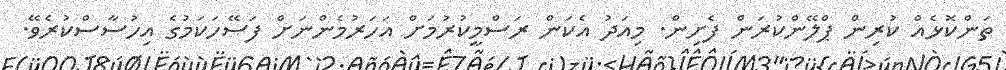
ތަންކޮޅެއް ކުރިން ޕްލޭންކުރަން ފެށިން. މިއަދު އެކަން ރަސްމީކުރުމަށް އަހަރުމެންނަށް ފަސޭހަކަމުގެ އިހުސާސްކުރެވޭ.